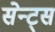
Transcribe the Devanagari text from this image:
सेन्ट्स